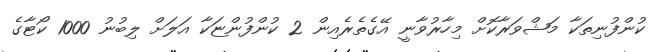
ކުންފުނިތަކާ މަަޝްވަރާކޮށް މިހާރުވާނީ އޭގެތެރެއިން 2 ކުންފުންޏަކާ އަލަށް ލިބުނު 1000 ކޯޓާގެ